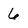
Character: 6